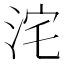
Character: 𭰓